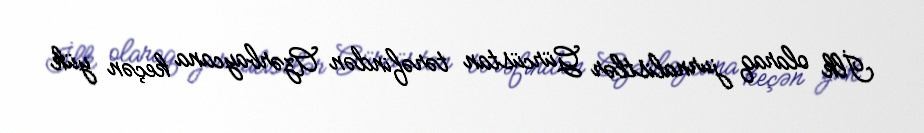
İlk olaraq jurnalistlər Gürcüstan tərəfindən Azərbaycana keçən yük